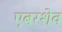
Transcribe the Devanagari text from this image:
एबरशेव